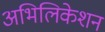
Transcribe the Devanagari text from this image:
अभिलिकेशन